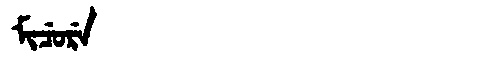
Manchu: ᠮᡳᠴᡠᡵᡝ
Romanization: MICURE